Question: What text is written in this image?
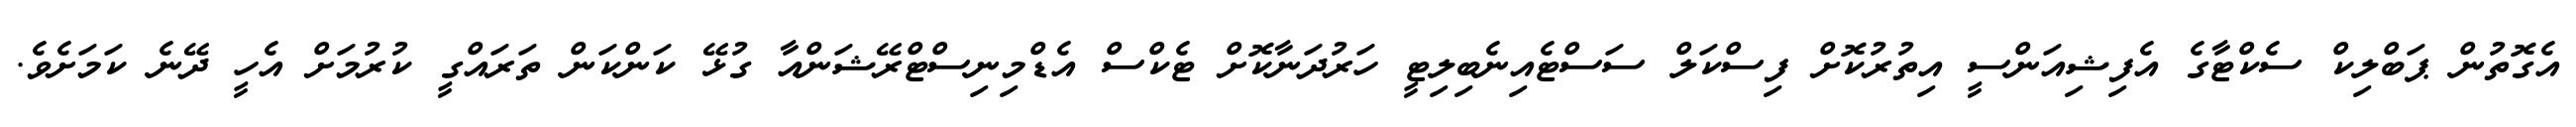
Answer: އެގޮތުން ޕަބްލިކް ސެކްޓާގެ އެފިޝިއަންސީ އިތުރުކޮށް ފިސްކަލް ސަސްޓެއިނެބިލިޓީ ހަރުދަނާކޮށް ޓެކްސް އެޑްމިނިސްޓްރޭޝަންއާ ގުޅޭ ކަންކަން ތަރައްގީ ކުރުމަށް އެހީ ދޭނެ ކަމަށެވެ.